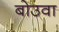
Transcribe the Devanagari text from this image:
बोउवा